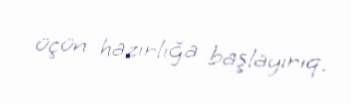
üçün hazırlığa başlayırıq.